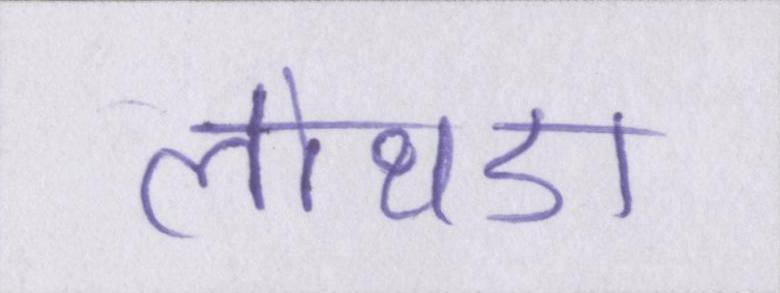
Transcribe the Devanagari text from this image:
लोथडा